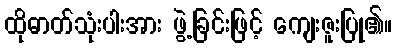
ထိုဓာတ်သုံးပါးအား ဖွဲ့ခြင်းဖြင့် ကျေးဇူးပြု၏။